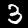
Label: 3